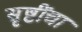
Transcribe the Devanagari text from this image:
सृष्टींचा